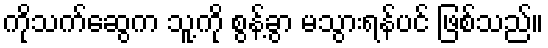
ကိုသက်ဆွေက သူ့ကို စွန့်ခွာ မသွားရန်ပင် ဖြစ်သည်။